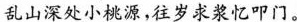
乱山深处\underline{小桃源}，往岁求浆忆叩门。